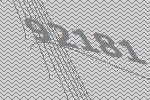
92181